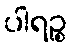
ပါရဉ္စ